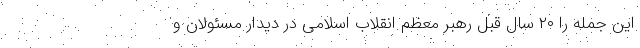
این جمله را ۲۰ سال قبل رهبر معظم انقلاب اسلامی در دیدار مسئولان و